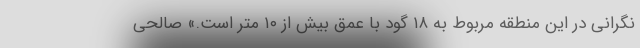
نگرانی در این منطقه مربوط به ۱۸ گود با عمق بیش از ۱۰ متر است.» صالحی